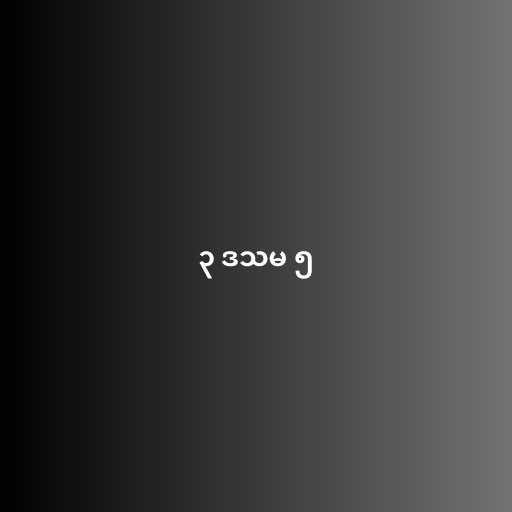
၃ ဒသမ ၅